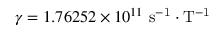
\gamma = 1 . 7 6 2 5 2 \times 1 0 ^ { 1 1 } ~ \mathrm { s ^ { - 1 } \cdot T ^ { - 1 } }